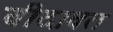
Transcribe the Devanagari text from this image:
बीदावत